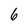
Character: 6